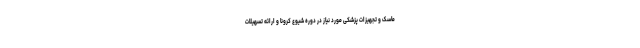
ماسک و تجهیزات پزشکی مورد نیاز در دوره شیوع کرونا و ارائه تسهیلات